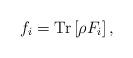
LaTeX: \begin{align*}f_i = \mathrm{Tr}\left[\rho F_i\right],\end{align*}